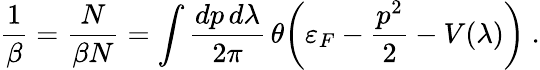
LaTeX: \frac{1}{\beta}=\frac{N}{\beta N}=\int\frac{dp\, d\lambda}{2\pi}\, \theta\biggl(\varepsilon_{F}-\frac{p^{2}}{2}-V(\lambda)\biggr)\ .